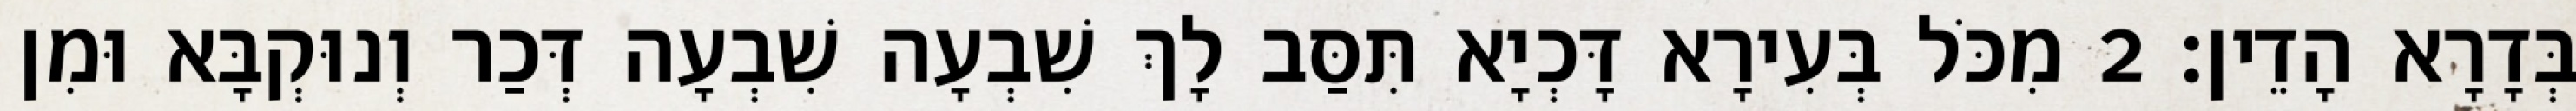
בְּדָרָא הָדֵין׃ 2 מִכֹּל בְּעִירָא דָּכְיָא תִּסַּב לָךְ שִׁבְעָה שִׁבְעָה דְּכַר וְנוּקְבָּא וּמִן